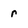
Character: r